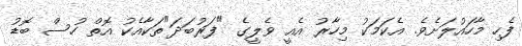
ފެހި މާހައުލަށެވެ. އެކަމަކު މިހާރު އެއީ ވެލީގެ "ފަރުބަދަ"ތަކާއެކު އޮތް ހުސް ބޮޑު